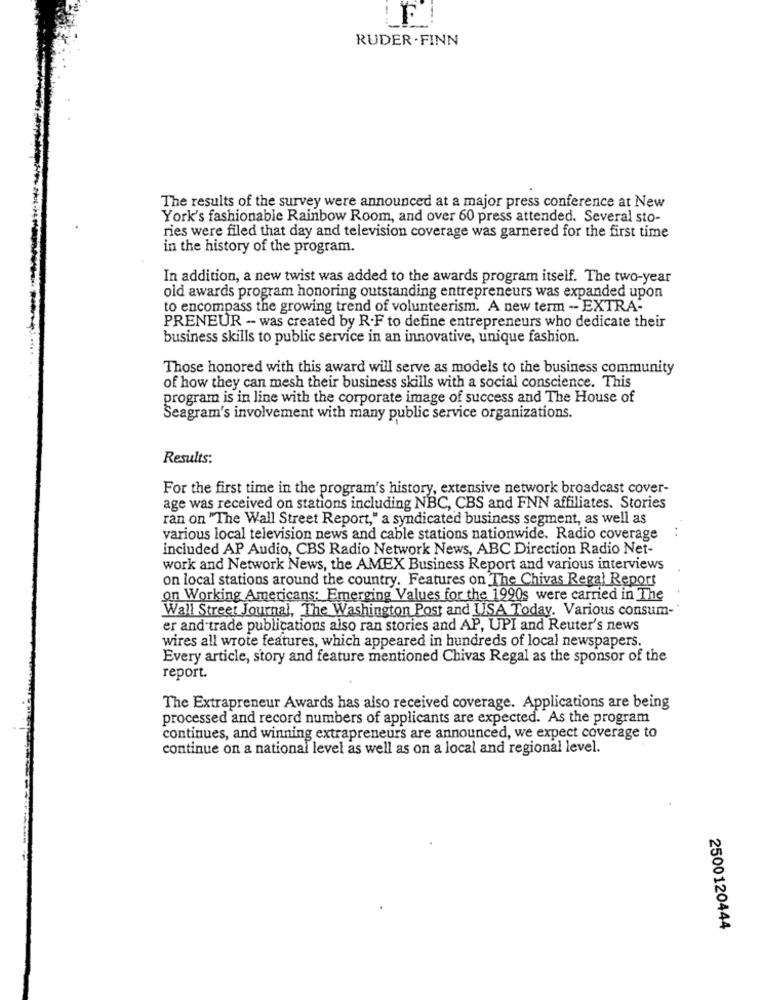
RUDER . FINN
The results of the survey were announced at a major press conference at New
York's fashionable Rainbow Room, and over 60 press attended. Several sto-
ries were filed that day and television coverage was garnered for the first time
in the history of the program.
In addition, a new twist was added to the awards program itself. The two-year
old awards program honoring outstanding entrepreneurs was expanded upon
to encompass the growing trend of volunteerism. A new term - EXTRA-
PRENEUR -- was created by R.F to define entrepreneurs who dedicate their
business skills to public service in an innovative, unique fashion.
Those honored with this award will serve as models to the business community
of how they can mesh their business skills with a social conscience. This
program is in line with the corporate image of success and The House of
Seagram's involvement with many public service organizations.
Results:
For the first time in the program's history, extensive network broadcast cover-
age was received on stations including NBC, CBS and FNN affiliates. Stories
ran on "The Wall Street Report," a syndicated business segment, as well as
various local television news and cable stations nationwide. Radio coverage
included AP Audio, CBS Radio Network News, ABC Direction Radio Net-
work and Network News, the AMEX Business Report and various interviews
on local stations around the country. Features on The Chivas Regal Report
on Working Americans: Emerging Values for the 1990s were carried in The
Wall Street Journal, The Washington Post and USA Today. Various consum-
er and trade publications also ran stories and AP, UPI and Reuter's news
wires all wrote features, which appeared in hundreds of local newspapers.
Every article, story and feature mentioned Chivas Regal as the sponsor of the
report.
The Extrapreneur Awards has also received coverage. Applications are being
processed and record numbers of applicants are expected. As the program
continues, and winning extrapreneurs are announced, we expect coverage to
continue on a national level as well as on a local and regional level.
---
2500120444